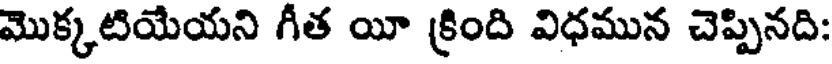
మొక్కటియేయని గీత యీ క్రింది విధమున చెప్పినది: